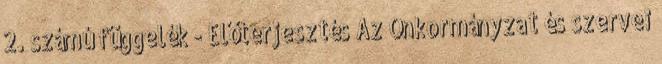
2. számú függelék - Előterjesztés Az Önkormányzat és szervei